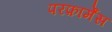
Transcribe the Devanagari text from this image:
परफ़ार्मेंस